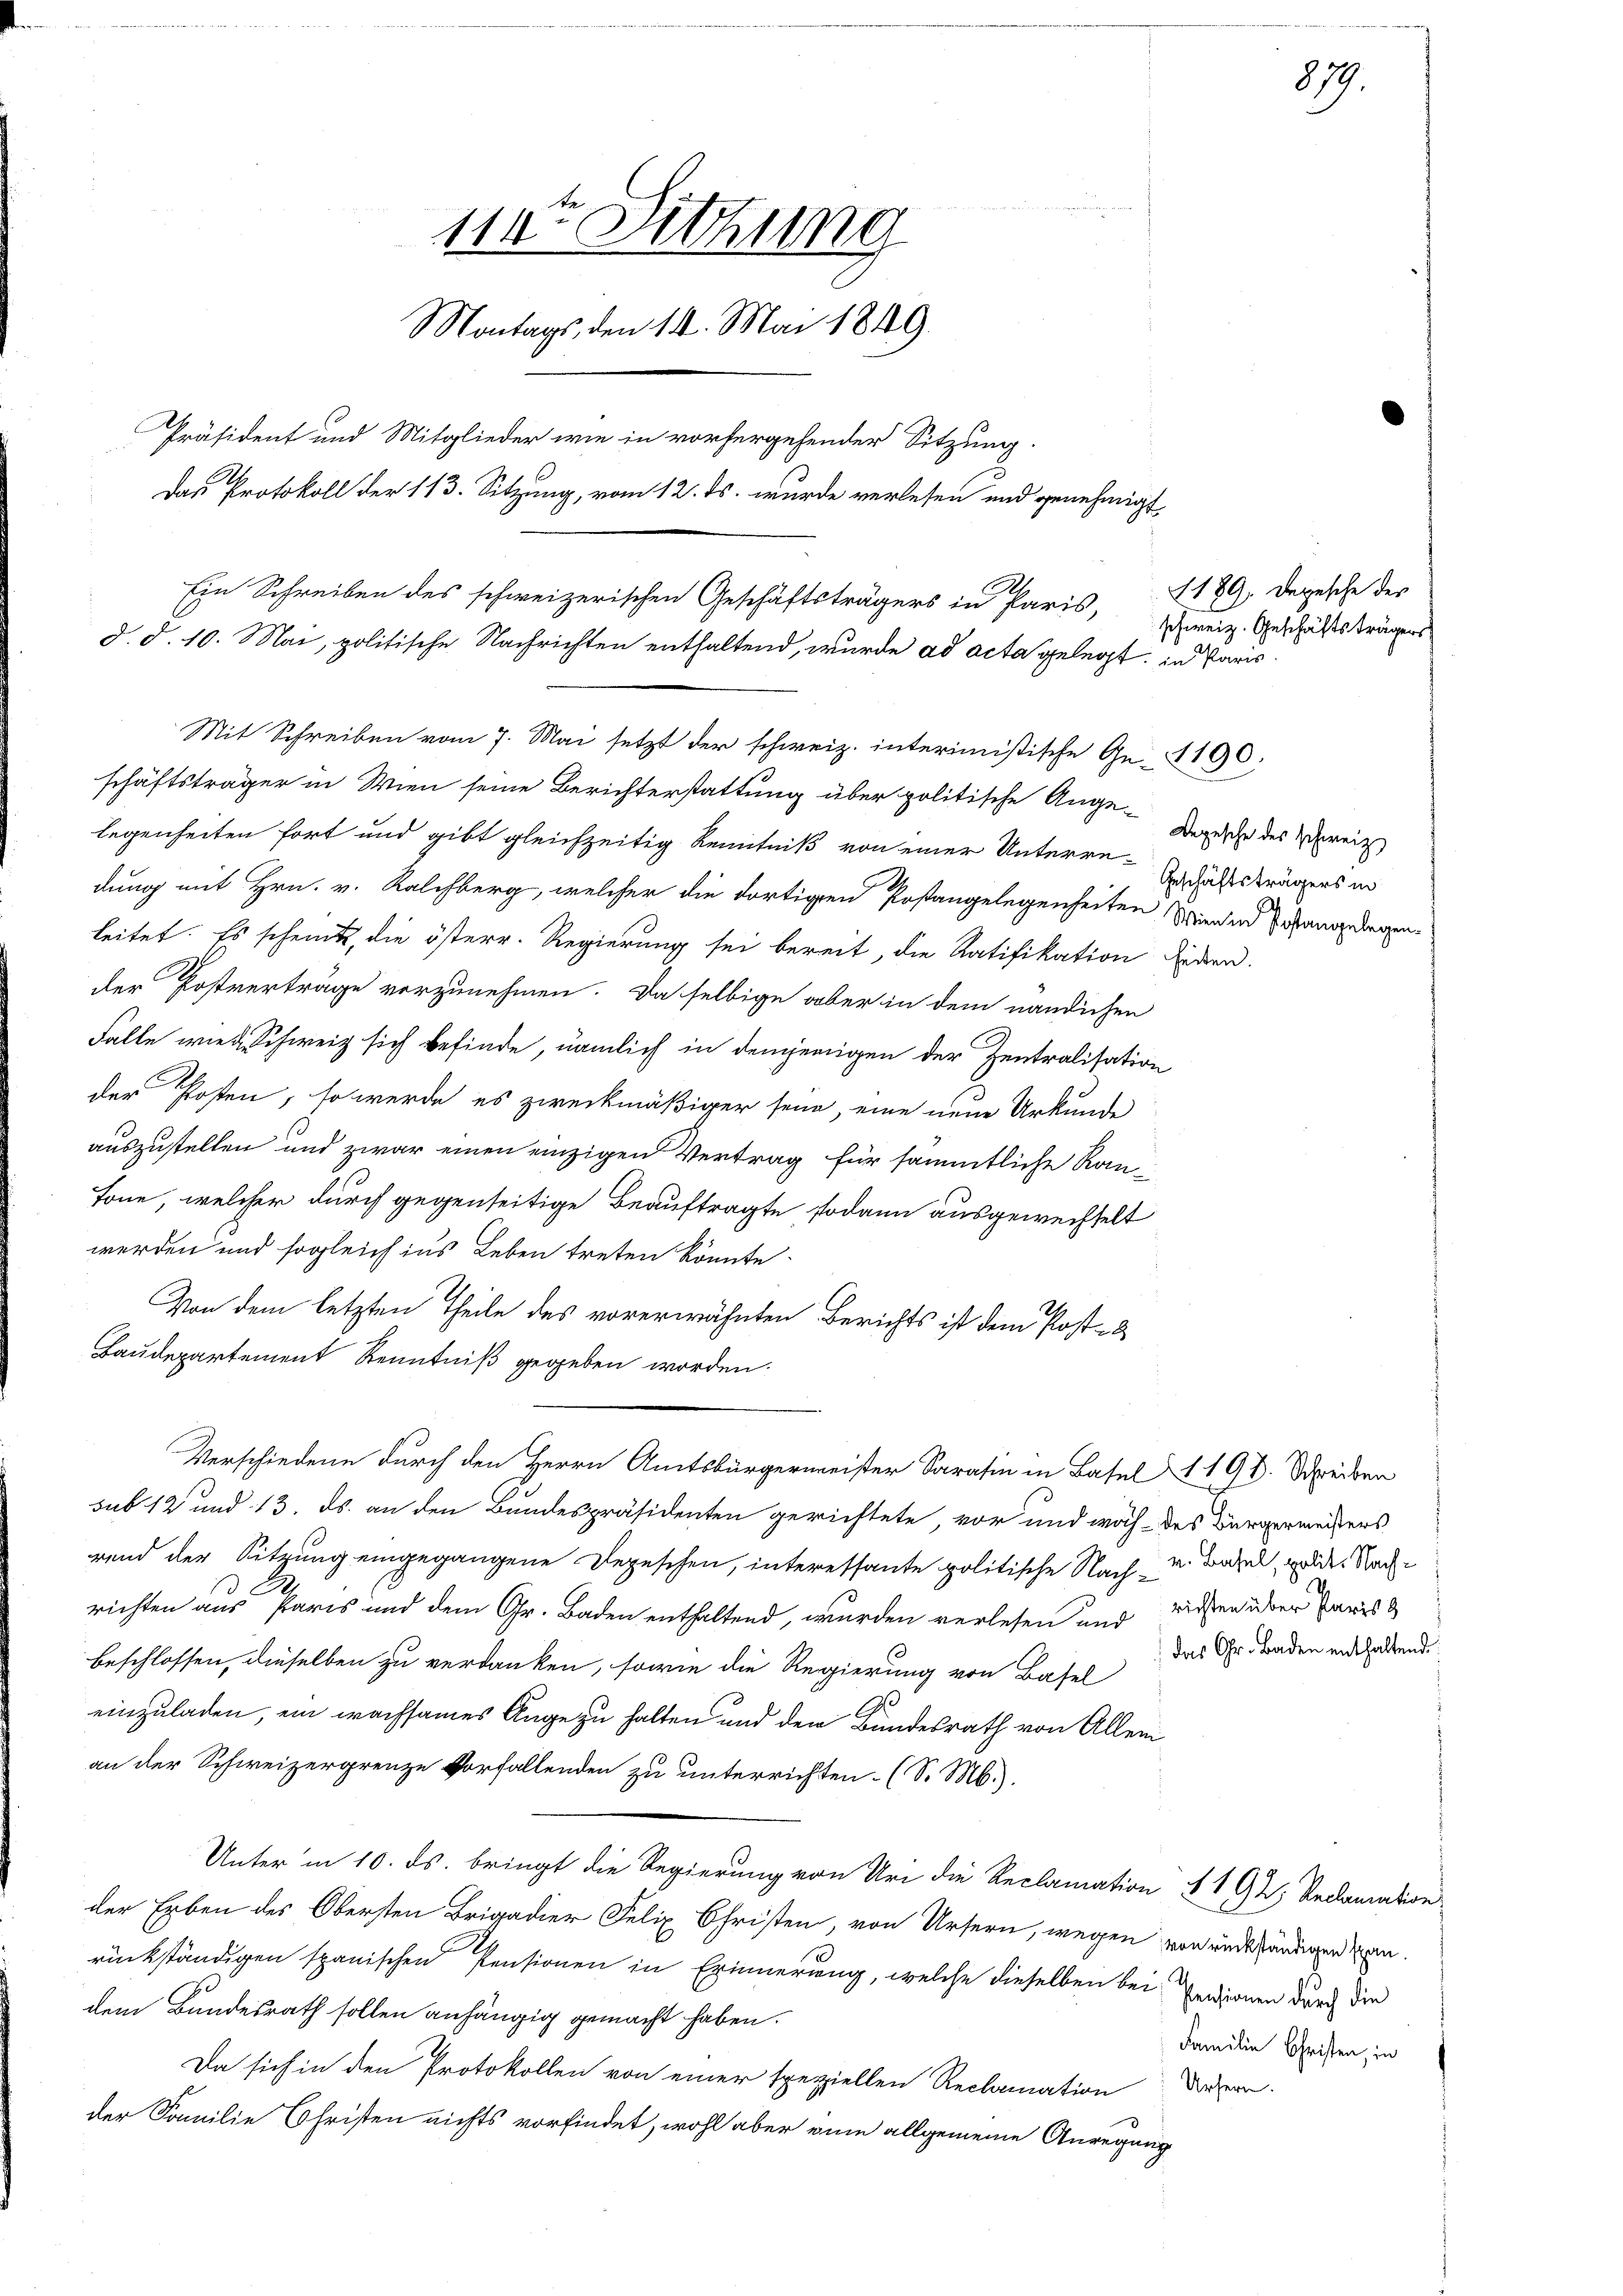
schäftsträger in Wien seine Berichterstattung über politische Angelegenheiten fort und gibt gleichzeitig Kenntniß von einer Unterredung mit Hrn. v. Kalchberg, welcher die dortigen Postangelegenheiten denen angediegen.
leitet. Es scheint, die österr. Regierung sei bereit, die Ratifikation fiden.
der Postverträge vorzunehmen. Da selbige aber in dem nänlichen
Falle wiede Schweiz sich befinde, nämlich in demjenigen der Zentralisation
der Posten, so werde es zweckmäßiger seine, eine neue Urkunde
auszustellen und zwar einen einzigen Vertrag für sämmtliche Rautone, welcher durch gegenseitige Beauftragte sodann ausgewechselt
werden und sogleich ins Leben treten könnte.
Von dem letzten Theile des vorerwähnten Berichts ist dem Post-
Baudepartement Kenntniß gegeben worden.
Verschiedene durch den Herrn Amtsbürgermeister Sara in Basel 190. Schreiben
sub 12 und 13. ds. an den Bundespräsidenten gerichtete, vor und woch des Bürgermeisters
rend der Sitzung eingegangene Depeschen, interessante politische Nach - u. Basel, meldes Nachrichten aus Paris und dem Gr. Baden enthaltend, wurden verlesen und
beschlossen, dieselben zu verdanken, sowie die Regierung von Basel
1
einzuladen, ein wachsames Auge zu halten und der Bundesrath von Allem
an der Schweizergrenze Vorfallenden zu unterrichten. (S. M.).
Unter in 10. ds. bringt die Regierung von Uri die Reclamation § 192, Reclamation
der Erben des Obersten Brigadier Felix Christen, von Ursern, wegen von und ständigen kanrückständigen spanischen Pensionen in Erinnerung, welche dieselben bei Pensionen durch die
dem Bundesrath sollen anhängig gemacht haben.
Da sich in den Protokollen von einer speziellen Reclamation derzern.
der Familie Christen nichts vorfindet, wohl aber eine allgemeine Anregung

114te Sitzung
Montags, den 14. Mai 1849.
Präsident und Mitglieder wie in vorhergehender Sitzung.
Das Protokoll der 113. Sitzung, vom 12. ds. wurde verlesen und genehmigt
Ein Schreiben des schweizerischen Geschäftsträgers in Paris,
d. d. 10. Mai, politische Nachrichten enthaltend, wurde ad acta gelegt, in Paris.

Mit Schreiben vom 7. Mai setzt der schweiz. interimistische Ge- 1190:

879.

1189. Depesche des
schweiz. Geschäftsträgers

Depesche des Schweiz
Geschäftsträgers in

richten über Paris &
das Gr. Baden enthaltend.

Familie Christen, in